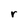
Character: r